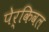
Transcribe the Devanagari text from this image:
पेर्किवल